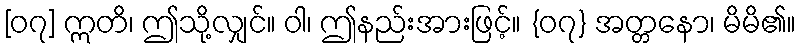
[၀၇] ဣတိ၊ ဤသို့လျှင်။ ဝါ၊ ဤနည်းအားဖြင့်။ {၀၇} အတ္တနော၊ မိမိ၏။